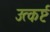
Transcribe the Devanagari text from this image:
उत्कर्ष्ट